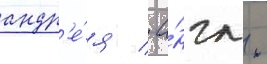
андр'е́я / а́нгл.